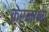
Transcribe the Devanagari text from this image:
केरुनाना